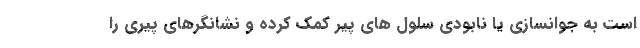
است به جوانسازی یا نابودی سلول های پیر کمک کرده و نشانگرهای پیری را